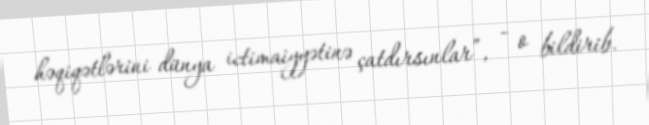
həqiqətlərini dünya ictimaiyyətinə çatdırsınlar”, - o bildirib.